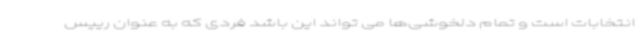
انتخابات است و تمام دلخوشی‌ها می تواند این باشد فردی که به عنوان رییس